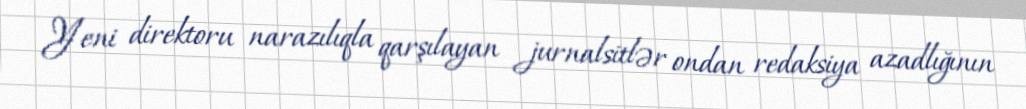
Yeni direktoru narazılıqla qarşılayan jurnalsitlər ondan redaksiya azadlığının